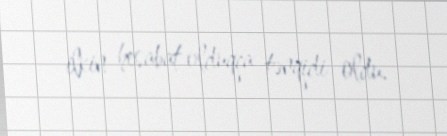
ilkin hesabat olduqca tənqidi oldu.